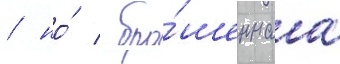
/ но́ / бро́шеннаа